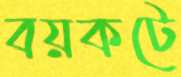
বয়কটে